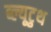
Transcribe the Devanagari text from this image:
ब्ल्यूटुथ